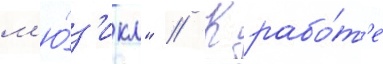
м'ю́з'икл" // К рабо́т'е